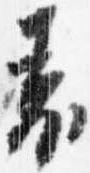
表